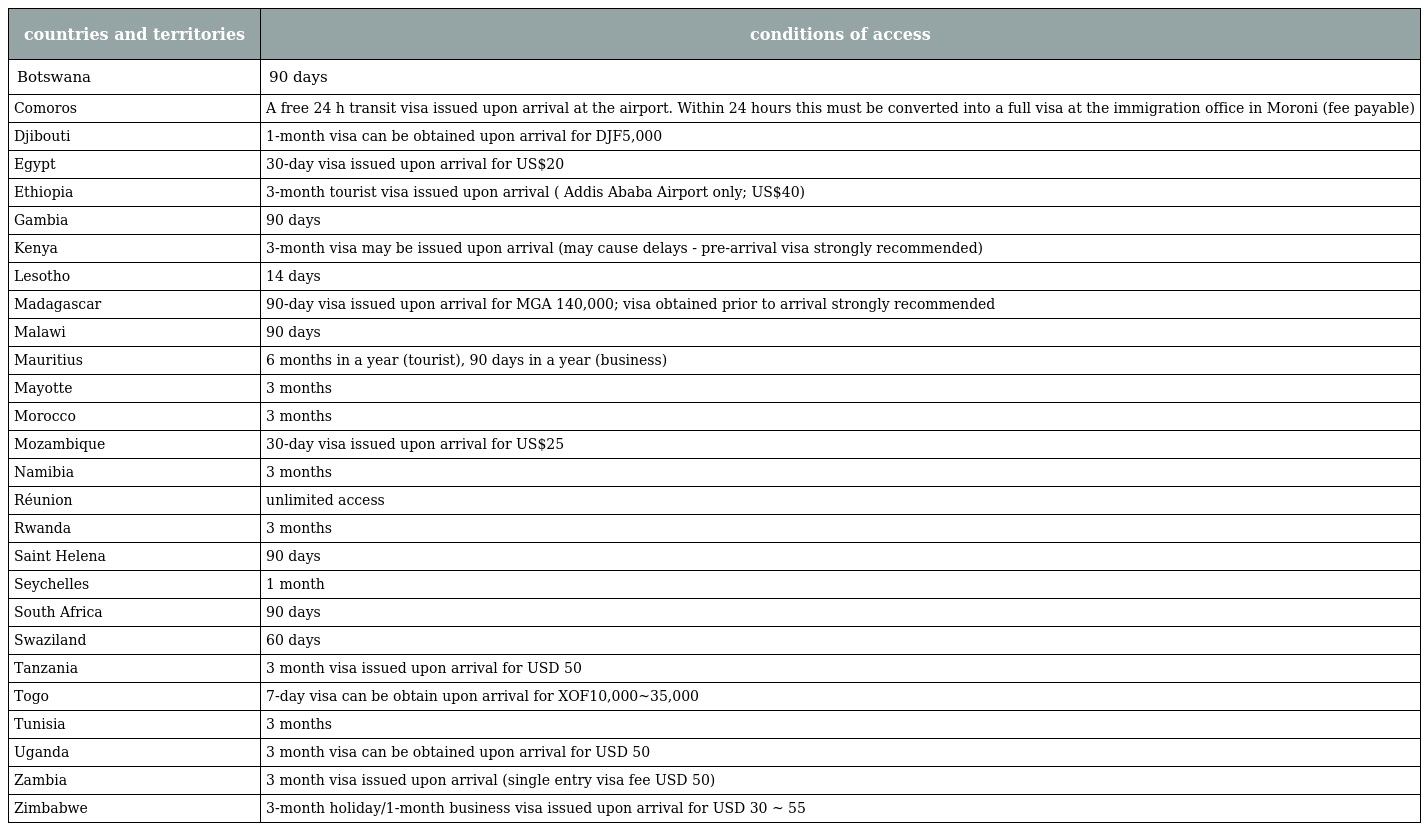
| countries and territories | conditions of access |
 | --- | --- |
 | Botswana | 90 days |
 | Comoros | A free 24 h transit visa issued upon arrival at the airport. Within 24 hours this must be converted into a full visa at the immigration office in Moroni (fee payable) |
 | Djibouti | 1-month visa can be obtained upon arrival for DJF5,000 |
 | Egypt | 30-day visa issued upon arrival for US$20 |
 | Ethiopia | 3-month tourist visa issued upon arrival ( Addis Ababa Airport only; US$40) |
 | Gambia | 90 days |
 | Kenya | 3-month visa may be issued upon arrival (may cause delays - pre-arrival visa strongly recommended) |
 | Lesotho | 14 days |
 | Madagascar | 90-day visa issued upon arrival for MGA 140,000; visa obtained prior to arrival strongly recommended |
 | Malawi | 90 days |
 | Mauritius | 6 months in a year (tourist), 90 days in a year (business) |
 | Mayotte | 3 months |
 | Morocco | 3 months |
 | Mozambique | 30-day visa issued upon arrival for US$25 |
 | Namibia | 3 months |
 | Réunion | unlimited access |
 | Rwanda | 3 months |
 | Saint Helena | 90 days |
 | Seychelles | 1 month |
 | South Africa | 90 days |
 | Swaziland | 60 days |
 | Tanzania | 3 month visa issued upon arrival for USD 50 |
 | Togo | 7-day visa can be obtain upon arrival for XOF10,000~35,000 |
 | Tunisia | 3 months |
 | Uganda | 3 month visa can be obtained upon arrival for USD 50 |
 | Zambia | 3 month visa issued upon arrival (single entry visa fee USD 50) |
 | Zimbabwe | 3-month holiday/1-month business visa issued upon arrival for USD 30 ~ 55 |